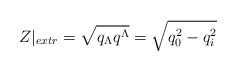
\begin{align*}Z|_{extr}=\sqrt{q_\Lambda q^\Lambda}=\sqrt{q_0^2-q_i^2}\end{align*}